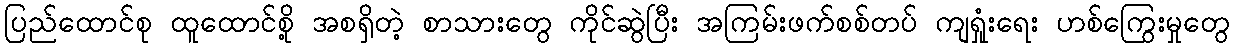
ပြည်ထောင်စု ထူထောင်စို့ အစရှိတဲ့ စာသားတွေ ကိုင်ဆွဲပြီး အကြမ်းဖက်စစ်တပ် ကျရှုံးရေး ဟစ်ကြွေးမှုတွေ